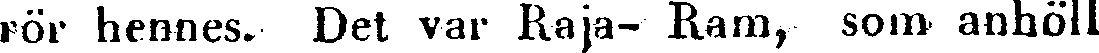
rör hennes. Det var Raja- Ram, som anhöll